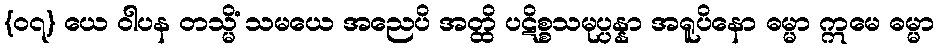
{၀၇} ယေ ဝါပန တသ္မိံ သမယေ အညေပိ အတ္ထိ ပဋိစ္စသမုပ္ပန္နာ အရူပိနော ဓမ္မာ ဣမေ ဓမ္မာ